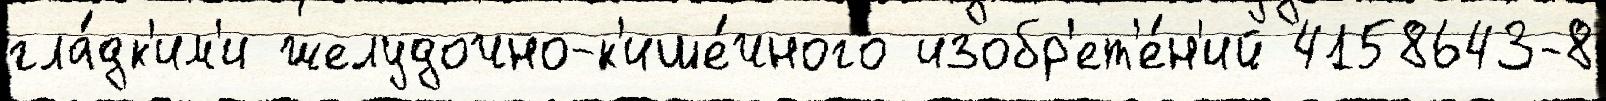
гла́дк'им'и желудочно-к'ише́чного изобр'ет'е́н'ий 4158643-8